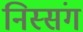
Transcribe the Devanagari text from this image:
निस्संग